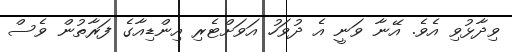
ވިދާޅުވި އެވެ. އޭނާ ވަނީ އެ ދުވަހު އަވަށްޓެރި އިންޑިއާގެ ފަރާތުން ވެސް